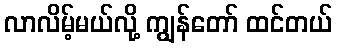
လာလိမ့်မယ်လို့ ကျွန်တော် ထင်တယ်